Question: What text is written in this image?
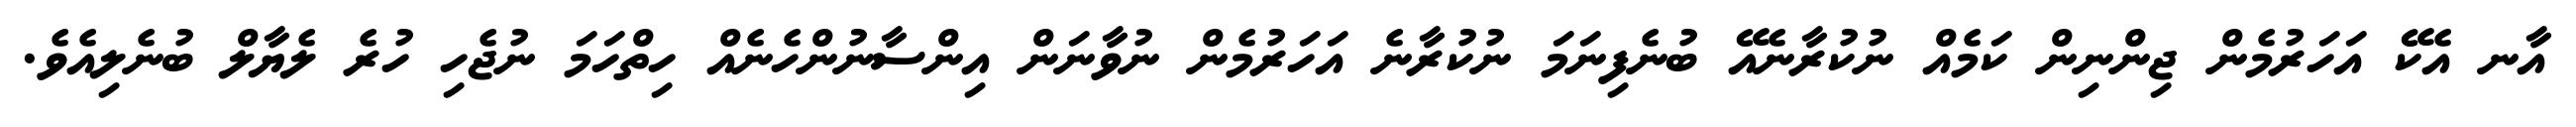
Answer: އާނ އެކޭ އަހަރުމެން ޖިންނިން ކަމެއް ނުކުރާނެއޭ ބުނެފިނަމަ ނުކުރާނެ އަހަރުމެން ނުވާނަން އިންސާނުންހެނެއް ހިތްހަމަ ނުޖެހި ހުރެ ލެޔާލް ބުނެލިއެވެ.